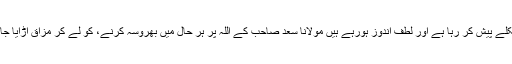
گزشتہ کئی روز سے سوشل میڈیا پر تبلیغی جماعت کو لعن طعن کیا جارہا ہے کوئی انکے ایمان پر چٹکلے پیش کر رہا ہے اور لطف اندوز ہورہے ہیں مولانا سعد صاحب کے اللہ پر ہر حال میں بھروسہ کرنے، کو لے کر مزاق اڑایا جارہا ہے کوئی روحانی پیشوا،اور اللہ کی طرف سے الہام ہوتا ہے دل میں جو آئے بکواس کی جارہی ہیں۔